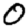
Digit: 0